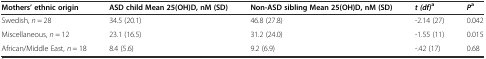
| Mothers’ ethnic origin | ASD child Mean 25(OH)D, nM (SD) | Non-ASD sibling Mean 25(OH)D, nM (SD) | t (df)a | Pa |
 | --- | --- | --- | --- | --- |
 | Swedish, n = 28 | 34.5 (20.1) | 46.8 (27.8) | -2.14 (27) | 0.042 |
 | Miscellaneous, n = 12 | 23.1 (16.5) | 31.2 (24.0) | -1.55 (11) | 0.015 |
 | African/Middle East, n = 18 | 8.4 (5.6) | 9.2 (6.9) | -.42 (17) | 0.68 |